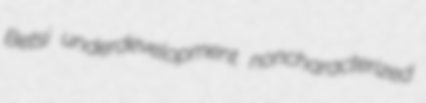
Betsi underdevelopment noncharacterized